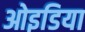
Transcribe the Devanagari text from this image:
ओइडिया